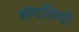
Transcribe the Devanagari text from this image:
संगतियो